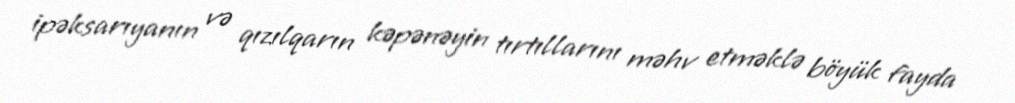
ipəksarıyanın və qızılqarın kəpənəyin tırtıllarını məhv etməklə böyük fayda